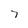
Character: 7